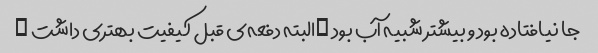
جا نیافتاده بود و بیشتر شبیه آب بود …البته دفعه‌ی قبل کیفیت بهتری داشت …